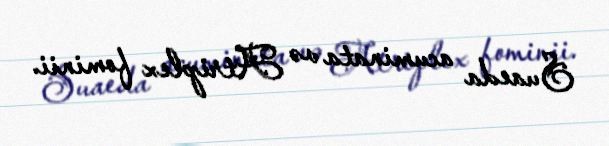
Suaeda acuminata və Atriplex fominii.